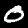
Digit: 0